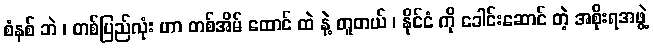
စံနစ် ဘဲ ၊ တစ်ပြည်လုံး ဟာ တစ်အိမ် ထောင် ထဲ နဲ့ တူတယ် ၊ နိုင်ငံ ကို ခေါင်းဆောင် တဲ့ အစိုးရအဖွဲ့